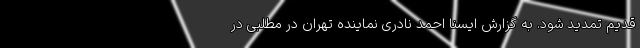
قدیم تمدید شود. به گزارش ایسنا احمد نادری نماینده تهران در مطلبی در